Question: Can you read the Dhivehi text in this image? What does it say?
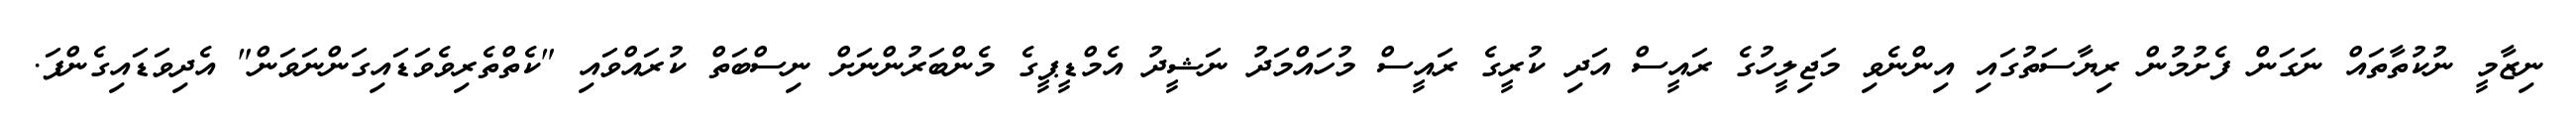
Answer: ނިޒާމީ ނުކުތާތައް ނަގަން ފެށުމުން ރިޔާސަތުގައި އިންނެވި މަޖިލީހުގެ ރައީސް އަދި ކުރީގެ ރައީސް މުހައްމަދު ނަޝީދު އެމްޑީޕީގެ މެންބަރުންނަށް ނިސްބަތް ކުރައްވައި "ކެތްތެރިވެވަޑައިގަންނަވަން" އެދިވަޑައިގެންފަ.